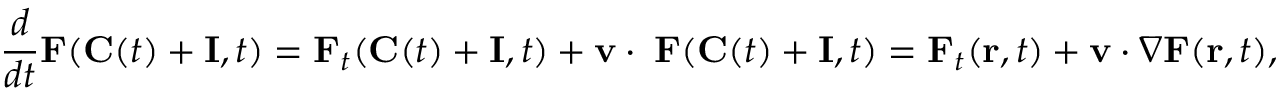
{ \frac { d } { d t } } \mathbf { F } ( \mathbf { C } ( t ) + \mathbf { I } , t ) = \mathbf { F } _ { t } ( \mathbf { C } ( t ) + \mathbf { I } , t ) + \mathbf { v \cdot \nabla F } ( \mathbf { C } ( t ) + \mathbf { I } , t ) = \mathbf { F } _ { t } ( \mathbf { r } , t ) + \mathbf { v } \cdot \nabla \mathbf { F } ( \mathbf { r } , t ) ,